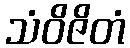
သံဝိဇိတံ